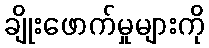
ချိုးဖောက်မှုများကို